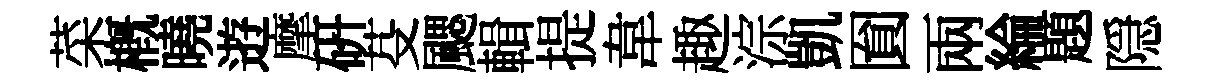
菜槪曉逰摩研芟颸輯提韋趣淙凱圎兩綸題隠